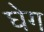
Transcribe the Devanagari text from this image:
घेग